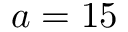
a = 1 5